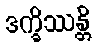
ဒက္ခိဿန္တိ